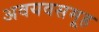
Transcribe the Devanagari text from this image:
अवयवसमूह